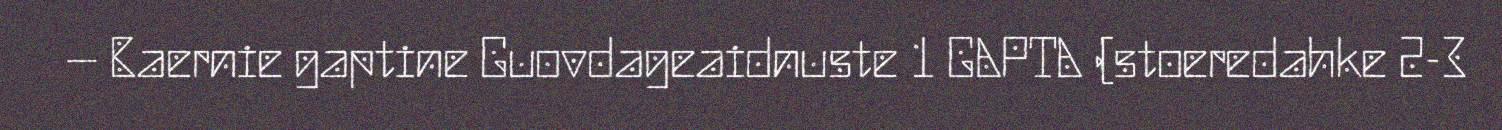
– Baernie gaptine Guovdageaidnuste 1 GAPTA (stoeredahke 2-3